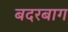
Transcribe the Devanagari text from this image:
बदरबाग